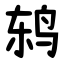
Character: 鸫